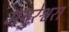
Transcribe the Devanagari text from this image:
मयुरेश्वरा